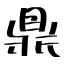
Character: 鼎